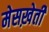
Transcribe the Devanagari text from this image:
मेसख़ेती